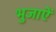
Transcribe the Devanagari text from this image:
भुजाऐं